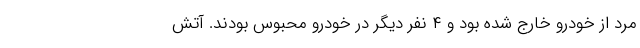
مرد از خودرو خارج شده بود و ۴ نفر دیگر در خودرو محبوس بودند. آتش‌